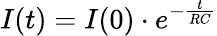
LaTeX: I(t)=I(0)\cdot e^{-\frac{t}{RC}}